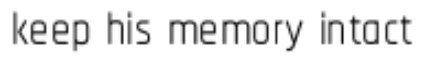
keep his memory intact